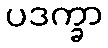
ပဒက္ခာ